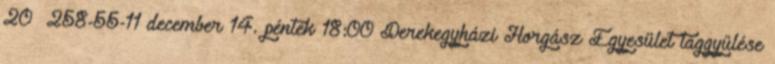
20 258-55-11 december 14. péntek 18:00 Derekegyházi Horgász Egyesület taggyűlése